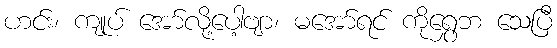
ဟင်း၊ ကျုပ် အော်လို့ပေါ့ဗျာ၊ မအော်ရင် ကိုရွှေဘ သေပြီ